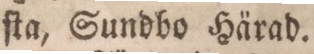
ſta, Sundbo Härad.